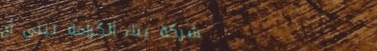
شركة بناء الكرامة تبني أح